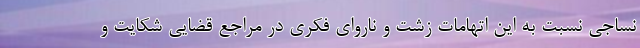
نساجی نسبت به این اتهامات زشت و ناروای فکری در مراجع قضایی شکایت و